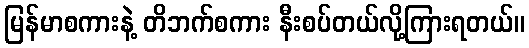
မြန်မာစကားနဲ့ တိဘက်စကား နီးစပ်တယ်လို့ကြားရတယ်။